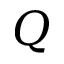
Q